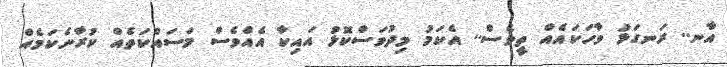
އާނ.. ރަނގަޅު ވާހަކައެއް ތީވެސް.. އެކަމު މިދުވަސްކޮޅު އައިކާ އެއްވެސް މަސައްކަތެއް ކުރާނެކަމެއް